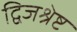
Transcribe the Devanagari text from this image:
द्विजश्रेष्ट